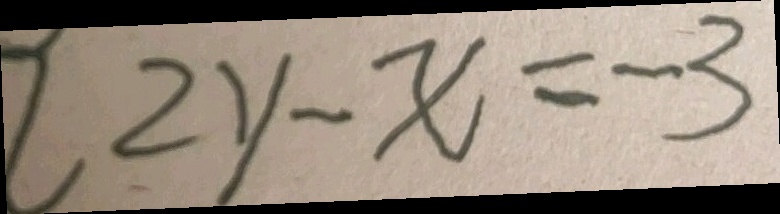
2 y - x = - 3